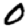
Digit: 0